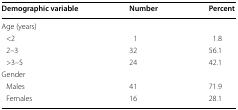
| Demographic variable | Number | Percent |
 | --- | --- | --- |
 | <COLSPAN=3> Age (years) |
 | <2 | 1 | 1.8 |
 | 2–3 | 32 | 56.1 |
 | >3–5 | 24 | 42.1 |
 | <COLSPAN=3> Gender |
 | Males | 41 | 71.9 |
 | Females | 16 | 28.1 |